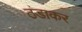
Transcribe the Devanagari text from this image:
ठंडाकर